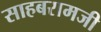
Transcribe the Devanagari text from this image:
साहबरामजी